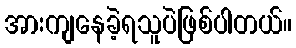
အားကျနေခဲ့ရသူပဲဖြစ်ပါတယ်။